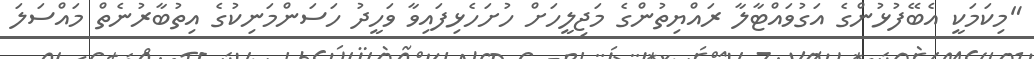
"މިކަމަކީ އެބޭފުޅުންގެ އަގުވައްޓާލާ ރައްޔިތުންގެ މަޖިލީހަށް ހުށަހެޅިފައިވާ ވަހީދު ހަސަންމަނިކުގެ އިތުބާރުނެތް މައްސަލަ